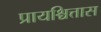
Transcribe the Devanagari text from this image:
प्रायश्चित्तास